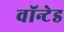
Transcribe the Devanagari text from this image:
वॉन्टेड